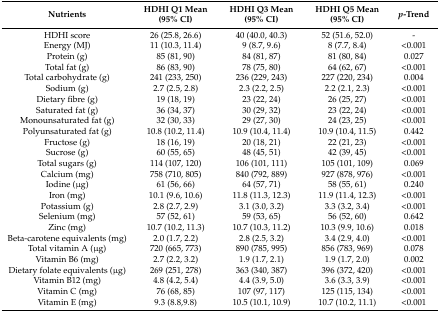
<table><thead><tr><td><b>Nutrients</b></td><td><b>HDHI Q1 Mean (95% CI)</b></td><td><b>HDHI Q3 Mean (95% CI)</b></td><td><b>HDHI Q5 Mean (95% CI)</b></td><td><b><i>p</i>-Trend</b></td></tr></thead><tbody><tr><td>HDHI score</td><td>26 (25.8, 26.6)</td><td>40 (40.0, 40.3)</td><td>52 (51.6, 52.0)</td><td>-</td></tr><tr><td>Energy (MJ)</td><td>11 (10.3, 11.4)</td><td>9 (8.7, 9.6)</td><td>8 (7.7, 8.4)</td><td>&lt;0.001</td></tr><tr><td>Protein (g)</td><td>85 (81, 90)</td><td>84 (81, 87)</td><td>81 (80, 84)</td><td>0.027</td></tr><tr><td>Total fat (g)</td><td>86 (83, 90)</td><td>78 (75, 80)</td><td>64 (62, 67)</td><td>&lt;0.001</td></tr><tr><td>Total carbohydrate (g)</td><td>241 (233, 250)</td><td>236 (229, 243)</td><td>227 (220, 234)</td><td>0.004</td></tr><tr><td>Sodium (g)</td><td>2.7 (2.5, 2.8)</td><td>2.3 (2.2, 2.5)</td><td>2.2 (2.1, 2.3)</td><td>&lt;0.001</td></tr><tr><td>Dietary fibre (g)</td><td>19 (18, 19)</td><td>23 (22, 24)</td><td>26 (25, 27)</td><td>&lt;0.001</td></tr><tr><td>Saturated fat (g)</td><td>36 (34, 37)</td><td>30 (29, 32)</td><td>23 (22, 24)</td><td>&lt;0.001</td></tr><tr><td>Monounsaturated fat (g)</td><td>32 (30, 33)</td><td>29 (27, 30)</td><td>24 (23, 25)</td><td>&lt;0.001</td></tr><tr><td>Polyunsaturated fat (g)</td><td>10.8 (10.2, 11.4)</td><td>10.9 (10.4, 11.4)</td><td>10.9 (10.4, 11.5)</td><td>0.442</td></tr><tr><td>Fructose (g)</td><td>18 (16, 19)</td><td>20 (18, 21)</td><td>22 (21, 23)</td><td>&lt;0.001</td></tr><tr><td>Sucrose (g)</td><td>60 (55, 65)</td><td>48 (45, 51)</td><td>42 (39, 45)</td><td>&lt;0.001</td></tr><tr><td>Total sugars (g)</td><td>114 (107, 120)</td><td>106 (101, 111)</td><td>105 (101, 109)</td><td>0.069</td></tr><tr><td>Calcium (mg)</td><td>758 (710, 805)</td><td>840 (792, 889)</td><td>927 (878, 976)</td><td>&lt;0.001</td></tr><tr><td>Iodine (μg)</td><td>61 (56, 66)</td><td>64 (57, 71)</td><td>58 (55, 61)</td><td>0.240</td></tr><tr><td>Iron (mg)</td><td>10.1 (9.6, 10.6)</td><td>11.8 (11.3, 12.3)</td><td>11.9 (11.4, 12.3)</td><td>&lt;0.001</td></tr><tr><td>Potassium (g)</td><td>2.8 (2.7, 2.9)</td><td>3.1 (3.0, 3.2)</td><td>3.3 (3.2, 3.4)</td><td>&lt;0.001</td></tr><tr><td>Selenium (mg)</td><td>57 (52, 61)</td><td>59 (53, 65)</td><td>56 (52, 60)</td><td>0.642</td></tr><tr><td>Zinc (mg)</td><td>10.7 (10.2, 11.3)</td><td>10.7 (10.3, 11.2)</td><td>10.3 (9.9, 10.6)</td><td>0.018</td></tr><tr><td>Beta-carotene equivalents (mg)</td><td>2.0 (1.7, 2.2)</td><td>2.8 (2.5, 3.2)</td><td>3.4 (2.9, 4.0)</td><td>&lt;0.001</td></tr><tr><td>Total vitamin A (μg)</td><td>720 (665, 773)</td><td>890 (785, 995)</td><td>856 (783, 969)</td><td>0.078</td></tr><tr><td>Vitamin B6 (mg)</td><td>2.7 (2.2, 3.2)</td><td>1.9 (1.7, 2.1)</td><td>1.9 (1.7, 2.0)</td><td>0.002</td></tr><tr><td>Dietary folate equivalents (μg)</td><td>269 (251, 278)</td><td>363 (340, 387)</td><td>396 (372, 420)</td><td>&lt;0.001</td></tr><tr><td>Vitamin B12 (mg)</td><td>4.8 (4.2, 5.4)</td><td>4.4 (3.9, 5.0)</td><td>3.6 (3.3, 3.9)</td><td>&lt;0.001</td></tr><tr><td>Vitamin C (mg)</td><td>76 (68, 85)</td><td>107 (97, 117)</td><td>125 (115, 134)</td><td>&lt;0.001</td></tr><tr><td>Vitamin E (mg)</td><td>9.3 (8.8,9.8)</td><td>10.5 (10.1, 10.9)</td><td>10.7 (10.2, 11.1)</td><td>&lt;0.001</td></tr></tbody></table>